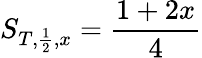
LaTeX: S_{T,\frac{1}{2},x}=\frac{1+2x}{4}